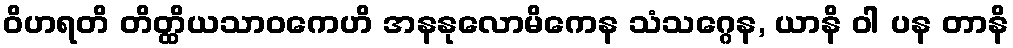
ဝိဟရတိ တိတ္ထိယသာဝကေဟိ အနနုလောမိကေန သံသဂ္ဂေန, ယာနိ ဝါ ပန တာနိ